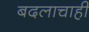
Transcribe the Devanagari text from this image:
बदलाचाही